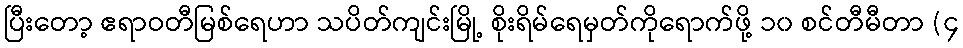
ပြီးတော့ ဧရာဝတီမြစ်ရေဟာ သပိတ်ကျင်းမြို့ စိုးရိမ်ရေမှတ်ကိုရောက်ဖို့ ၁၀ စင်တီမီတာ (၄